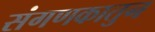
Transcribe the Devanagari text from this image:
संगणकातुन